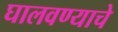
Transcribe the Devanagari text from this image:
घालवण्याचे